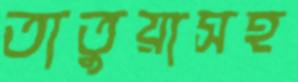
তাতুয়াসহ